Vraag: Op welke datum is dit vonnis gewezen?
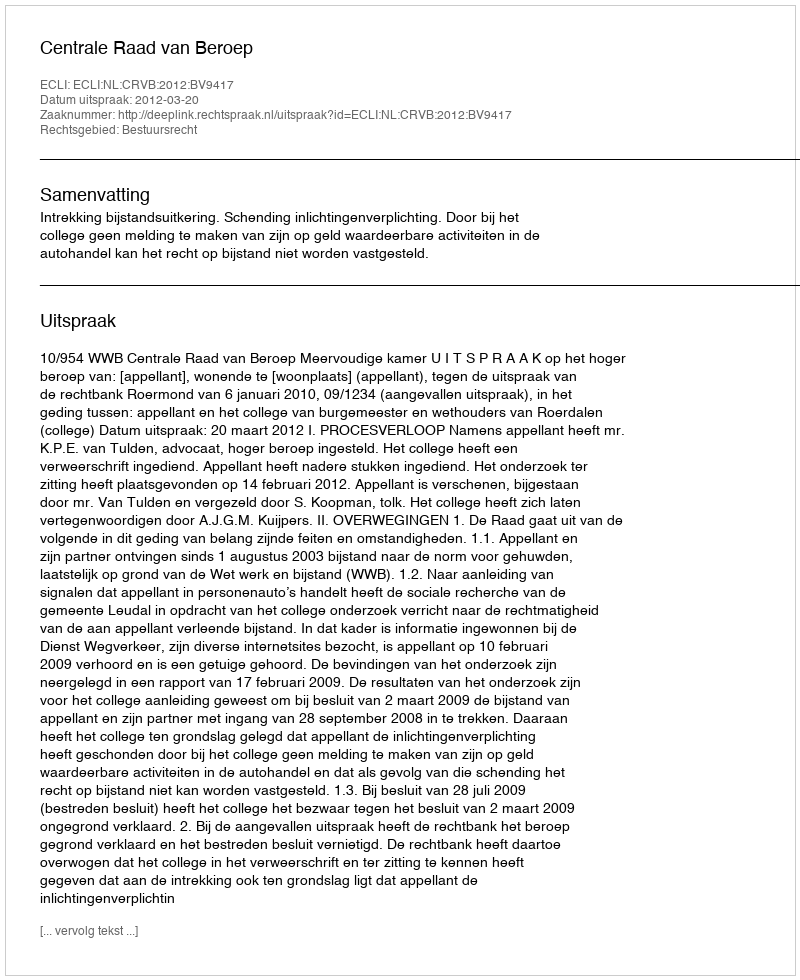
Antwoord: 2012-03-20